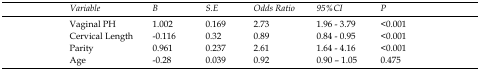
<table><thead><tr><td><b>Variable</b></td><td><b>B</b></td><td><b>S.E</b></td><td><b>Odds Ratio</b></td><td><b>95%CI</b></td><td><b>P</b></td></tr></thead><tbody><tr><td>Vaginal PH</td><td>1.002</td><td>0.169</td><td>2.73</td><td>1.96 - 3.79</td><td>&lt;0.001</td></tr><tr><td>Cervical Length</td><td>-0.116</td><td>0.32</td><td>0.89</td><td>0.84 - 0.95</td><td>&lt;0.001</td></tr><tr><td>Parity</td><td>0.961</td><td>0.237</td><td>2.61</td><td>1.64 - 4.16</td><td>&lt;0.001</td></tr><tr><td>Age</td><td>-0.28</td><td>0.039</td><td>0.92</td><td>0.90 – 1.05</td><td>0.475</td></tr></tbody></table>